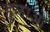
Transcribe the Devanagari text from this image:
हुलाओ